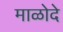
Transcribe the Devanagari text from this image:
माळोदे